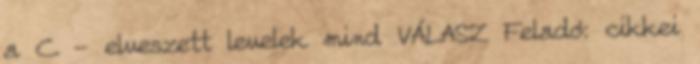
a C - elveszett levelek mind VÁLASZ Feladó: cikkei